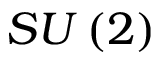
S U \left( 2 \right)